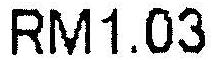
RM1.03